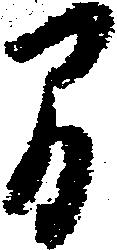
間